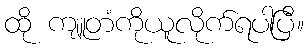
ထို ကျူတံကိုယူလိုက်ရပါပြီ။